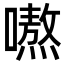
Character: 𭋣